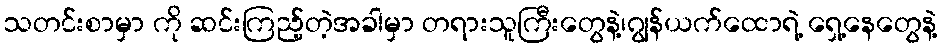
သတင်းစာမှာ ကို ဆင်းကြည့်တဲ့အခါမှာ တရားသူကြီးတွေနဲ့၊ဂျွန်ယက်ထောရဲ့ ရှေ့နေတွေနဲ့